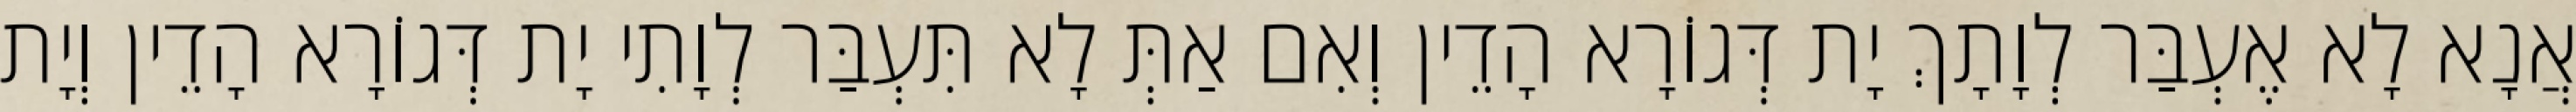
אֲנָא לָא אֶעְבַּר לְוָתָךְ יָת דְּגוֹרָא הָדֵין וְאִם אַתְּ לָא תִּעְבַּר לְוָתִי יָת דְּגוֹרָא הָדֵין וְיָת